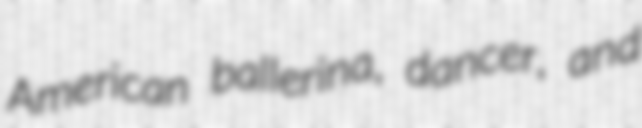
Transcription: American ballerina, dancer, and